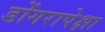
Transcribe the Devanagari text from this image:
डोंगरापेक्षा